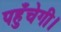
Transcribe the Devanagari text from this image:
पहुँचेगी।